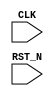

// Copyright (c) 2000-2012 Bluespec, Inc.

// Permission is hereby granted, free of charge, to any person obtaining a copy
// of this software and associated documentation files (the "Software"), to deal
// in the Software without restriction, including without limitation the rights
// to use, copy, modify, merge, publish, distribute, sublicense, and/or sell
// copies of the Software, and to permit persons to whom the Software is
// furnished to do so, subject to the following conditions:

// The above copyright notice and this permission notice shall be included in
// all copies or substantial portions of the Software.

// THE SOFTWARE IS PROVIDED "AS IS", WITHOUT WARRANTY OF ANY KIND, EXPRESS OR
// IMPLIED, INCLUDING BUT NOT LIMITED TO THE WARRANTIES OF MERCHANTABILITY,
// FITNESS FOR A PARTICULAR PURPOSE AND NONINFRINGEMENT. IN NO EVENT SHALL THE
// AUTHORS OR COPYRIGHT HOLDERS BE LIABLE FOR ANY CLAIM, DAMAGES OR OTHER
// LIABILITY, WHETHER IN AN ACTION OF CONTRACT, TORT OR OTHERWISE, ARISING FROM,
// OUT OF OR IN CONNECTION WITH THE SOFTWARE OR THE USE OR OTHER DEALINGS IN
// THE SOFTWARE.
//
// $Revision: 29459 $
// $Date: 2012-08-27 22:03:57 +0000 (Mon, 27 Aug 2012) $

module Empty(CLK, RST_N);
   input     CLK;
   input     RST_N;


endmodule